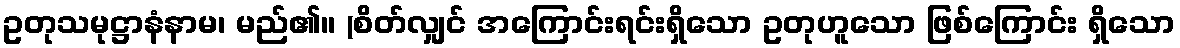
ဥတုသမုဋ္ဌာနံနာမ၊ မည်၏။ (စိတ်လျှင် အကြောင်းရင်းရှိသော ဥတုဟူသော ဖြစ်ကြောင်း ရှိသော